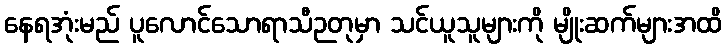
နေရအုံးမည် ပူလောင်သောရာသီဉတုမှာ သင်ယူသူများကို မျိုးဆက်များအထိ